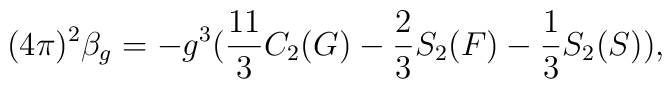
(4\pi)^2 \beta_{g}= -g^3(\frac{11}{3}C_2 (G)-\frac{2}{3} S_2 (F)-\frac{1}{3} S_2 (S)),